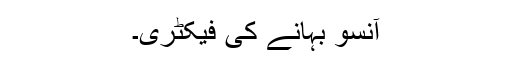
آنسو بہانے کی فیکٹری۔